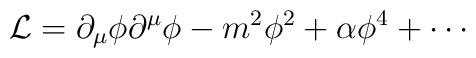
\mathcal{L} = \partial_\mu \phi \partial^\mu \phi - m^2 \phi^2 +    \alpha \phi^4 + \cdots